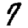
Digit: 7